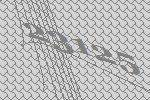
23125